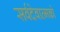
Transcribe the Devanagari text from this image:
सर्वदेवात्मको